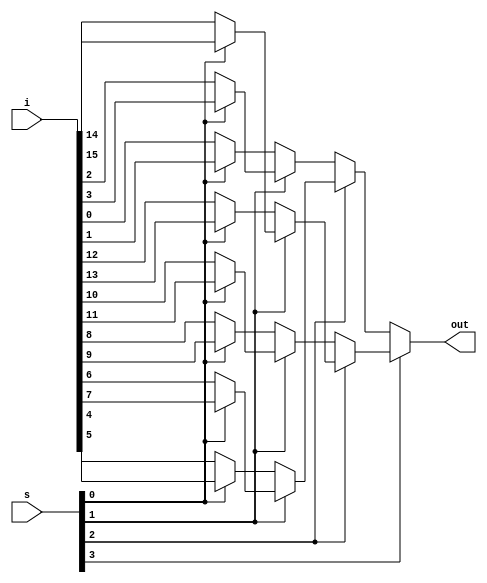
`timescale 1ns / 1ps

module Mux_16x1(
input [15:0]i,
input [3:0]s,
output out );

assign out= s[3]? (s[2]? (s[1]? (s[0]?(i[15]):(i[14])) :(s[0]?i[13]:i[12])) :(s[1]? (s[0]?i[11]:i[10]) :(s[0]?i[9]:i[8]))) : (s[2]?(s[1]?(s[0]?i[7]:i[6]):(s[0]?i[5]:i[4])):(s[1]?(s[0]?i[3]:i[2]):(s[0]?i[1]:i[0])));

endmodule